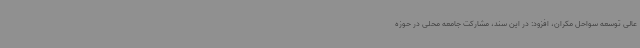
عالی توسعه سواحل مکران، افزود: در این سند، مشارکت جامعه محلی در حوزه